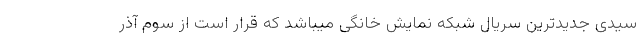
سیدی جدیدترین سریال شبکه نمایش خانگی میباشد که قرار است از سوم آذر